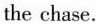
the chase.